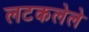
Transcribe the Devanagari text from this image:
लटकलेले